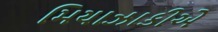
મિયાઝાકીએ